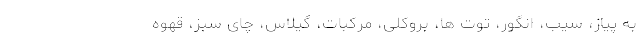
به پیاز، سیب، انگور، توت ها، بروکلی، مرکبات، گیلاس، چای سبز، قهوه